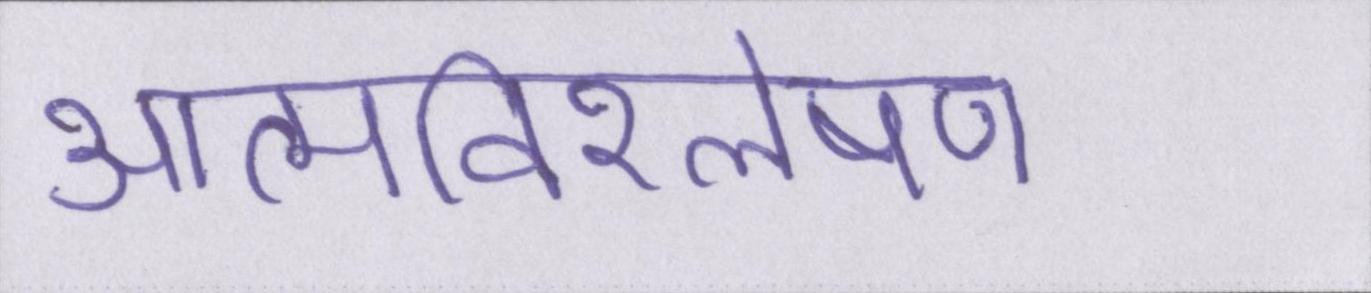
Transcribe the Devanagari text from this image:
आत्मविश्लेषण